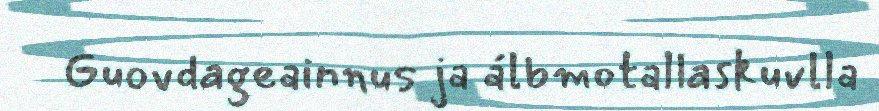
Guovdageainnus ja álbmotallaskuvlla